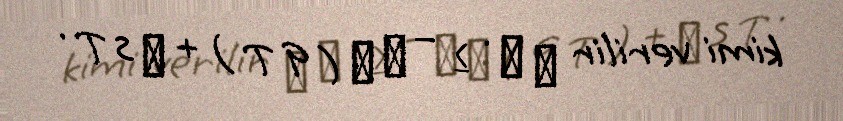
kimi verilir ρ η ˙ ≥ − ∇ ⋅ ( q T ) + ρ s T .